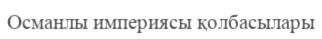
Османлы империясы қолбасылары